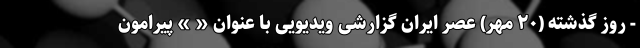
- روز گذشته (۲۰ مهر) عصر ایران گزارشی ویدیویی با عنوان « » پیرامون